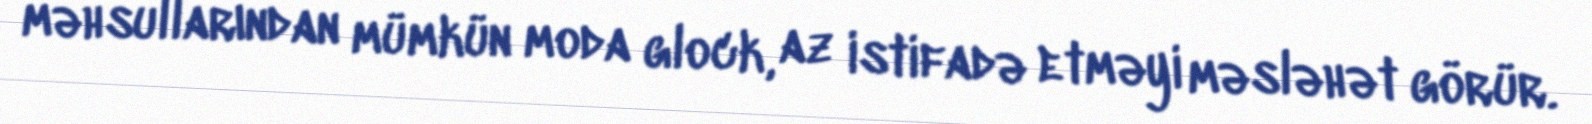
məhsullarından mümkün moda glock, az istifadə etməyi məsləhət görür.